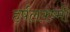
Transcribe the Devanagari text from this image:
हर्षलक्ष्मी